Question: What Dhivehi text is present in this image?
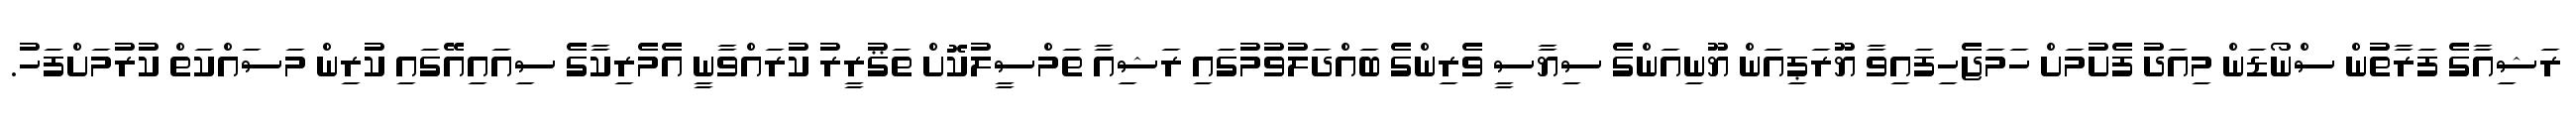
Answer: ރަޝިއާގެ ފަރާތުން ސްނޯޑަން މިއަދު ފެށުމަށް ހަމަޖެހިފައިވާ ޔޫރަޕިއަން ޔޫނިއަންގެ ސިޔާސީ ވެރިންގެ ބައްދަލުވުމުގައި ރަޝިއާ ތަމްސީލުކޮށް ތަޤުރީރު ކުރައްވާނީ އެމެރިކާގެ ސިއައިއޭގައި ކުރިން މަސައްކަތް ކުރުމަށްފަހު.